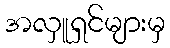
အလှူရှင်များမှ